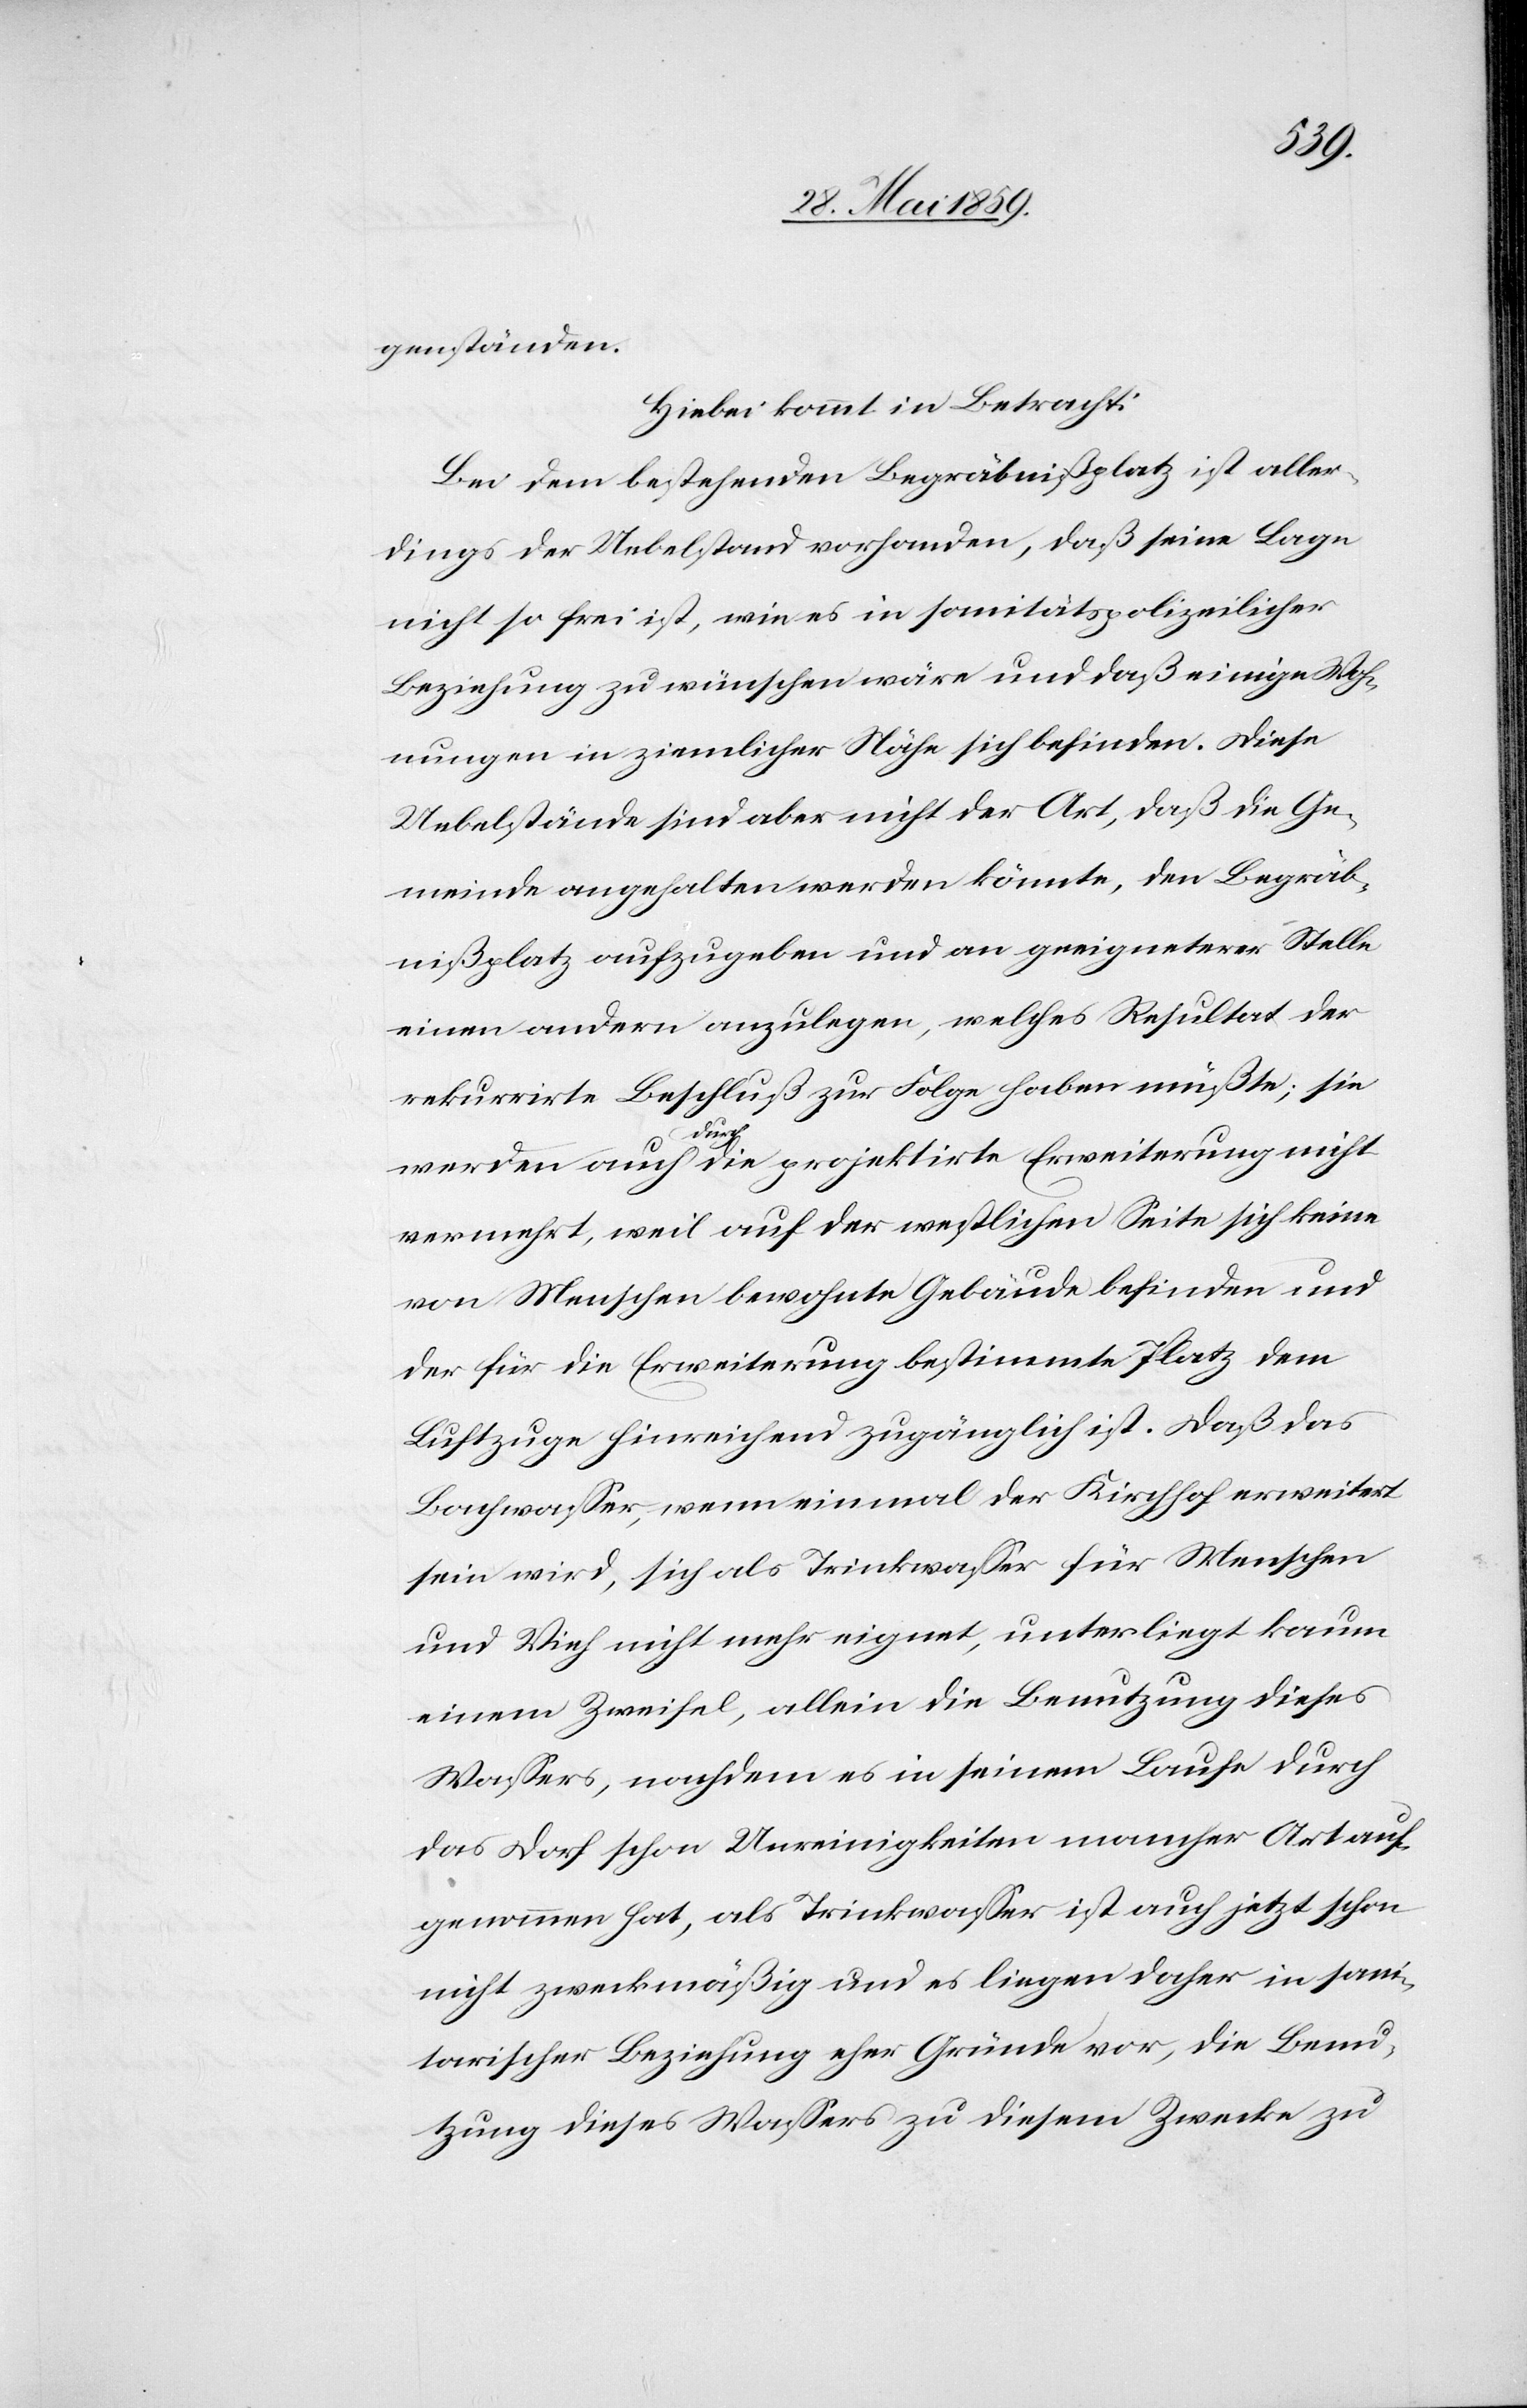
genständen.
Hierbei kommt in Betracht:
Bei dem bestehenden Begräbnißplatz ist aller¬
dings der Uebelstand vorhanden, daß seine Lage
nicht so frei ist, wie es in sanitätspolizeilicher
Beziehung zu wünschen wäre und daß einige Woh¬
nungen in ziemlicher Nähe sich befinden. Diese
Uebelstände sind aber nicht der Art, daß die Ge¬
meinde angehalten werden könnte, den Begräb¬
nißplatz aufzugeben und an geeigneterer Stelle
einen andern anzulegen, welches Resultat der
rekurrirte Beschluß zur Folge haben müßte; sie
werden auch durch die projektirte Erweiterung nicht
vermehrt, weil auf der westlichen Seite sich keine
von Menschen bewohnte Gebäude befinden und
der für die Erweiterung bestimmte Platz dem
Luftzuge hinreichend zugänglich ist. Daß das
Bachwasser, wenn einmal der Kirchhof erweitert
sein wird, sich als Trinkwasser für Menschen
und Vieh nicht mehr eignet, unterliegt kaum
einem Zweifel, allein die Benutzung dieses
Wassers, nachdem es in seinem Laufe durch
das Dorf schon Unreinigkeiten mancher Art auf¬
genommen hat, als Trinkwasser ist auch jetzt schon
nicht zweckmäßig und es liegen daher in sani¬
tarischer Beziehung eher Gründe vor, die Benu¬
tzung dieses Wassers zu diesem Zwecke zu